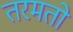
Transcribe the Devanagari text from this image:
तरमतो